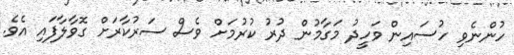
ހުންނެވި ހުސައިން ވަހީދު މަގާމުން ދުރު ކުރުމަށް ވެސް ސަރުކާރަށް ގޮވާލާފައި އެވެ.